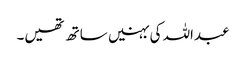
عبداللہ کی بہنیں ساتھ تھیں۔